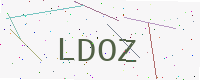
Text: LDOZ